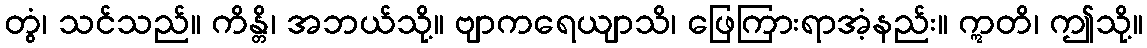
တွံ၊ သင်သည်။ ကိန္တိ၊ အဘယ်သို့။ ဗျာကရေယျာသိ၊ ဖြေကြားရာအံ့နည်း။ ဣတိ၊ ဤသို့။